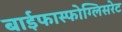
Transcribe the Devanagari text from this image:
बाईफास्फोग्लिसरेट